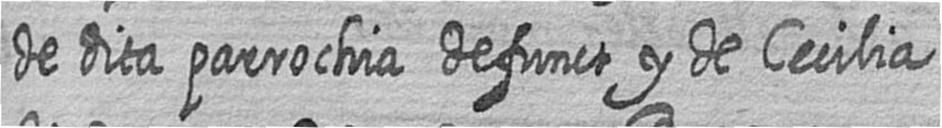
de dita parrochia defunct y de Cecilia